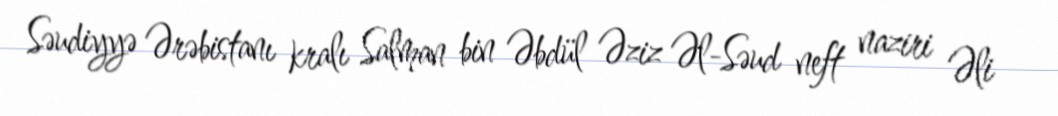
Səudiyyə Ərəbistanı kralı Salman bin Əbdül Əziz Əl-Səud neft naziri Əli